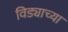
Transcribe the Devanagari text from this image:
विड्याच्‍या